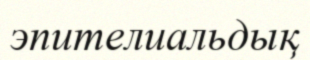
эпителиальдық